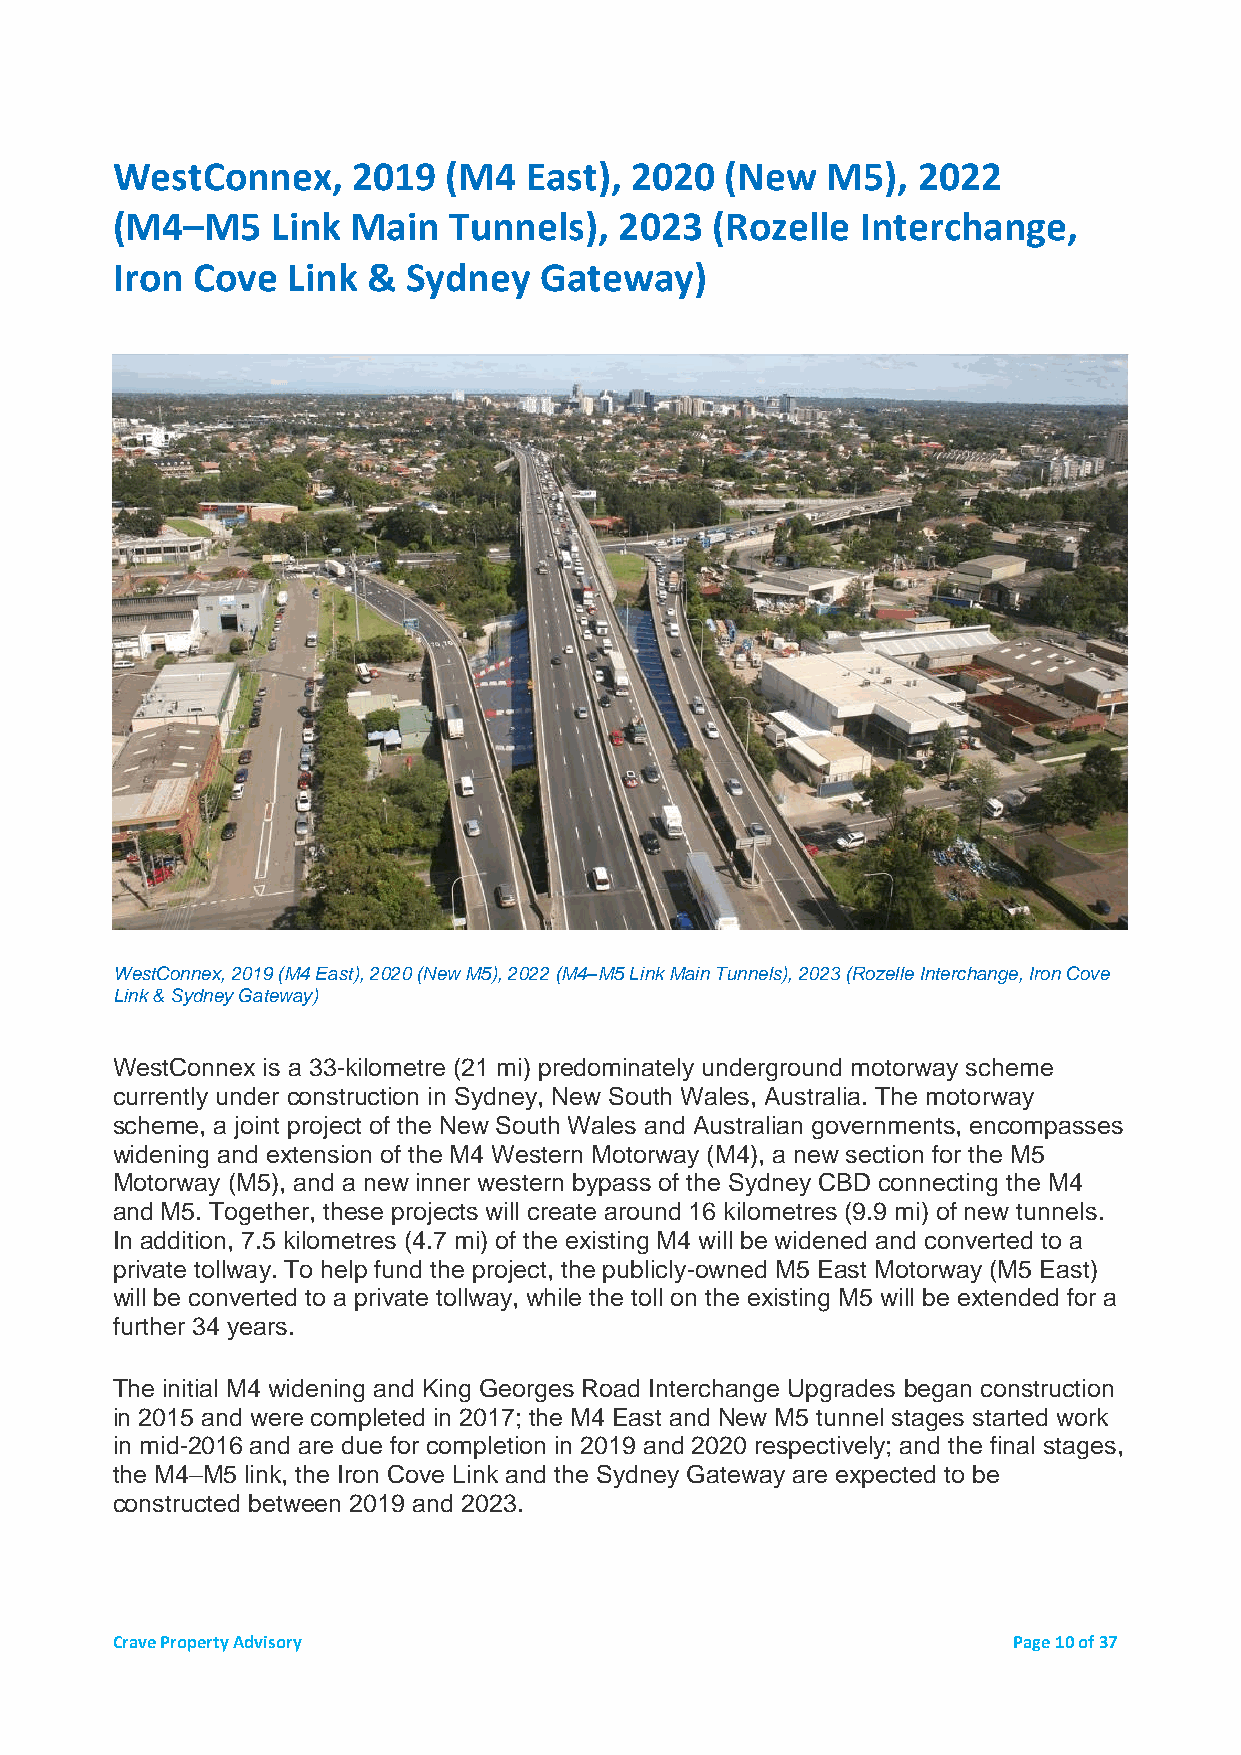
WestConnex,     2019   (M4  East), 2020  (New   M5),  2022
 (M4–M5     Link Main   Tunnels),  2023  (Rozelle  Interchange,
 Iron  Cove  Link &  Sydney   Gateway)
 WestConnex, 2019 (M4 East), 2020 (New M5), 2022 (M4–M5 Link Main Tunnels), 2023 (Rozelle Interchange, Iron Cove
 Link & Sydney Gateway)
 WestConnex is a 33-kilometre (21 mi) predominately underground motorway scheme
 currently under construction in Sydney, New South Wales, Australia. The motorway
 scheme, a joint project of the New South Wales and Australian governments, encompasses
 widening and extension of the M4 Western Motorway (M4), a new section for the M5
 Motorway (M5), and a new inner western bypass of the Sydney CBD connecting the M4
 and M5. Together, these projects will create around 16 kilometres (9.9 mi) of new tunnels.
 In addition, 7.5 kilometres (4.7 mi) of the existing M4 will be widened and converted to a
 private tollway. To help fund the project, the publicly-owned M5 East Motorway (M5 East)
 will be converted to a private tollway, while the toll on the existing M5 will be extended for a
 further 34 years.
 The initial M4 widening and King Georges Road Interchange Upgrades began construction
 in 2015 and were completed in 2017; the M4 East and New M5 tunnel stages started work
 in mid-2016 and are due for completion in 2019 and 2020 respectively; and the final stages,
 the M4–M5 link, the Iron Cove Link and the Sydney Gateway are expected to be
 constructed between 2019 and 2023.
 Crave Property Advisory                                     Page 10 of 37